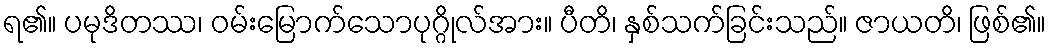
ရ၏။ ပမုဒိတဿ၊ ဝမ်းမြောက်သောပုဂ္ဂိုလ်အား။ ပီတိ၊ နှစ်သက်ခြင်းသည်။ ဇာယတိ၊ ဖြစ်၏။